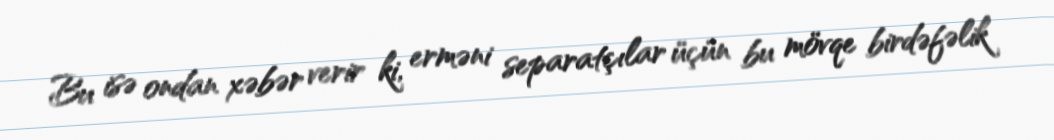
Bu isə ondan xəbər verir ki, erməni separatçılar üçün bu mövqe birdəfəlik